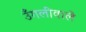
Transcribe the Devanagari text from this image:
उँगलीवाले